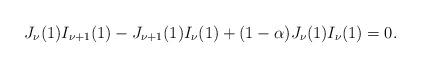
LaTeX: \begin{align*}J_{{\nu }}(1)I_{{\nu +1}}(1)-J_{{\nu +1}}(1)I_{{\nu }}(1)+{(1-\alpha )}J_{{\nu }}(1)I_{{\nu }}(1)=0.\end{align*}